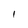
Character: I